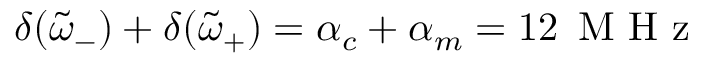
\delta ( \tilde { \omega } _ { - } ) + \delta ( \tilde { \omega } _ { + } ) = \alpha _ { c } + \alpha _ { m } = 1 2 \, \textrm { M H z }